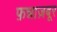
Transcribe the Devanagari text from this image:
फ़न्नाज़बूर